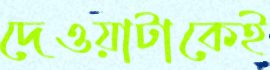
দেওয়াটাকেই